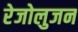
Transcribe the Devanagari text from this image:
रेजोलुजन